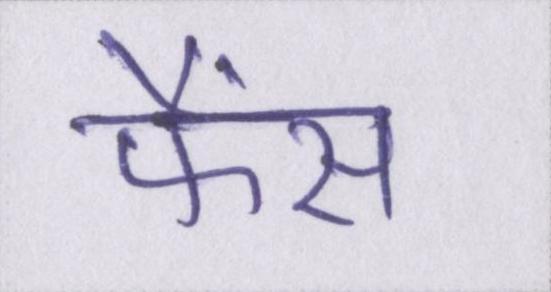
फैंस